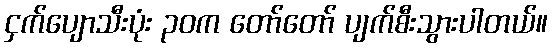
ငှက်ပျောသီးပုံး ၃၀က တော်တော် ပျက်စီးသွားပါတယ်။